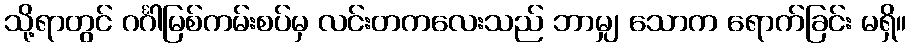
သို့ရာတွင် ဂင်္ဂါမြစ်ကမ်းစပ်မှ လင်းတကလေးသည် ဘာမျှ သောက ရောက်ခြင်း မရှိ။